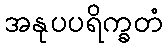
အနုပပရိက္ခတံ